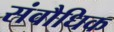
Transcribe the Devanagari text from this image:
संवौधिक